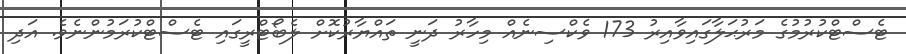
ޓެސްޓްކުރުމުގެ މަރުޙަލާގައިވާއިރު 173 ވެކްސިނެއް މިހާރު ދަނީ ތައްޔާރުކޮށް ލެބޯޓްރީގައި ޓެސްޓްކުރަމުންނެވެ. އަދި